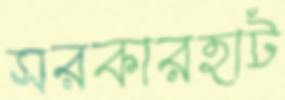
সরকারহাট